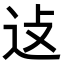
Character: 𬨞